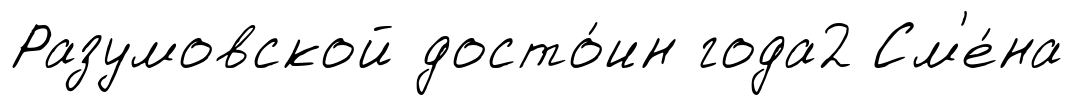
Разумовской досто́ин года2 См'е́на